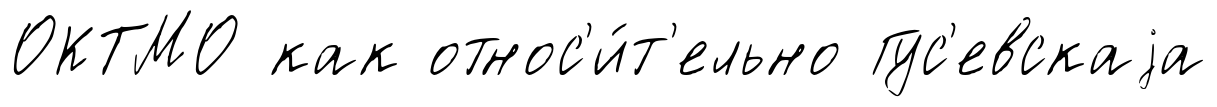
ОКТМО как относ'и́т'ельно Гус'евскаjа